Vaccination United Provinces of Agra and Oudh 1914-1922 - 1914-1922
Year: 1914
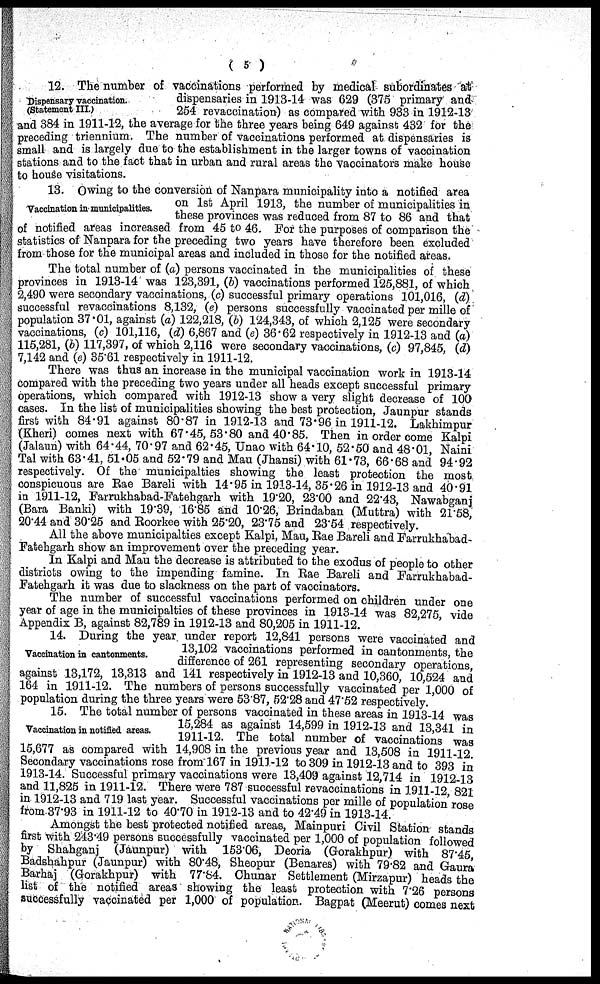
( 5 )
Dispensary vaccination.
(Statement III.)
12. The number of vaccinations performed by medical subordinates at
dispensaries in 1913-14 was 629 (375 primary and
254 revaccination) as compared with 933 in 1912-13
and 384 in 1911-12, the average for the three years being 649 against 432 for the
preceding triennium. The number of vaccinations performed at dispensaries is
small and is largely due to the establishment in the larger towns of vaccination
stations and to the fact that in urban and rural areas the vaccinators make house
to house visitations.
Vaccination in municipalities.
13. Owing to the conversion of Nanpara municipality into a notified area
on 1st April 1913, the number of municipalities in
these provinces was reduced from 87 to 86 and that
of notified areas increased from 45 to 46. For the purposes of comparison the
statistics of Nanpara for the preceding two years have therefore been excluded
from those for the municipal areas and included in those for the notified areas.
The total number of (a) persons vaccinated in the municipalities of these
provinces in 1913-14 was 123,391, (b) vaccinations performed 125,881, of which
2,490 were secondary vaccinations, (c) successful primary operations 101,016, (d)
successful revaccinations 8,132, (e) persons successfully vaccinated per mille of
population 37.01, against (a) 122,218, (b) 124,343, of which 2,125 were secondary
vaccinations, (c) 101,116, (d) 6,867 and (e) 36.62 respectively in 1912-13 and (a)
115,281, (b) 117,397, of which 2,116 were secondary vaccinations, (c) 97,845, (d)
7,142 and (e) 35.61 respectively in 1911-12.
There was thus an increase in the municipal vaccination work in 1913-14
compared with the preceding two years under all heads except successful primary
operations, which compared with 1912-13 show a very slight decrease of 100
cases. In the list of municipalities showing the best protection, Jaunpur stands
first with 84.91 against 80.87 in 1912-13 and 73.96 in 1911-12. Lakhimpur
(Kheri) comes next with 67.45, 53.80 and 40.85. Then in order come Kalpi
(Jalaun) with 64.44, 70.97 and 62.45, Unao with 64.10, 52.50 and 48.01, Naini
Tal with 63.41, 51.05 and 52.79 and Mau (Jhansi) with 61.73, 66.68 and 94.92
respectively. Of the municipalties showing the least protection the most
conspicuous are Rae Bareli with 14.95 in 1913-14, 35.26 in 1912-13 and 40.91
in 1911-12, Farrukhabad-Fatehgarh with 1920, 23.00 and 22.43, Nawabganj
(Bara Banki) with 19.39, 16.85 and 10.26, Brindaban (Muttra) with 21.58,
20.44 and 30.25 and Roorkee with 25.20, 23.75 and 23.54 respectively.
All the above municipalties except Kalpi, Mau, Rae Bareli and Farrukhabad-
Fatehgarh show an improvement over the preceding year.
In Kalpi and Mau the decrease is attributed to the exodus of people to other
districts owing to the impending famine. In Rae Bareli and Farrukhabad-
Fatehgarh it was due to slackness on the part of vaccinators.
The number of successful vaccinations performed on children under one
year of age in the municipalties of these provinces in 1913-14 was 82,275, vide
Appendix B, against 82,789 in 1912-13 and 80,205 in 1911-12.
Vaccination in cantonments.
14. During the year under report 12,841 persons were vaccinated and
13,102 vaccinations performed in cantonments, the
difference of 261 representing secondary operations
against 13,172, 13,313 and 141 respectively in 1912-13 and 10,360, 10,524 and
164 in 1911-12. The numbers of persons successfully vaccinated per 1,000 of
population during the three years were 53.87, 52.28 and 47.52 respectively.
Vaccination in notified areas.
15. The total number of persons vaccinated in these areas in 1913-14 was
15,284 as against 14,599 in 1912-13 and 13,341 in
1911-12. The total number of vaccinations was
15,677 as compared with 14,908 in the previous year and 13,508 in 1911-12
Secondary vaccinations rose from 167 in 1911-12 to 309 in 1912-13 and to 393 in
1913-14. Successful primary vaccinations were 13,409 against 12,714 in 1912-13
and 11,825 in 1911-12. There were 787 successful revaccinations in 1911-12 821
in 1912-13 and 719 last year. Successful vaccinations per mille of population rose
from 37.93 in 1911-12 to 40.70 in 1912-13 and to 42.49 in 1913-14.
Amongst the best protected notified areas, Mainpuri Civil Station stands
first with 243.49 persons successfully vaccinated per 1,000 of population followed
by Shahganj (Jaunpur) with 153.06, Deoria (Gorakhpur) with 87.45
Badshahpur (Jaunpur) with 80.48, Sheopur (Benares) with 79.82 and Gaura
Barhaj (Gorakhpur) with 77.84. Chunar Settlement (Mirzapur) heads the
list of the notified areas showing the least protection with 7.26 persons
successfully vaccinated per 1,000 of population. Bagpat (Meerut) comes next